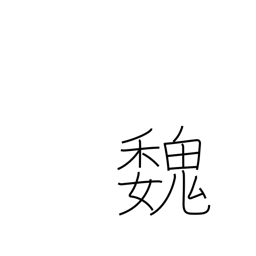
Meaning: Kingdom of Wei